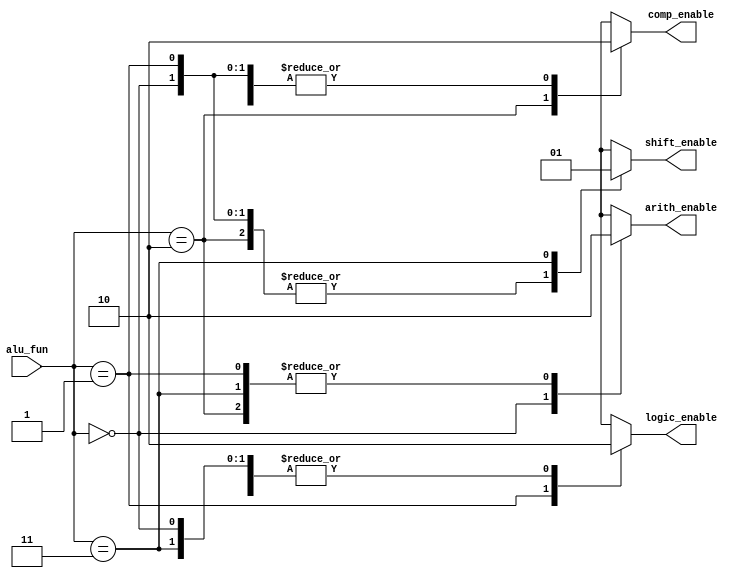
module DECODER_UNIT

(input wire [1:0]            alu_fun,
output reg arith_enable,logic_enable,comp_enable,shift_enable);

 
  
  always@(*)
  begin
    arith_enable = 1'b0;
    logic_enable = 1'b0;
    comp_enable = 1'b0;
    shift_enable = 1'b0;
    case(alu_fun)
      4'b00:arith_enable = 1'b1;
      4'b01:logic_enable = 1'b1;
      4'b10:comp_enable = 1'b1;
      4'b11:shift_enable = 1'b1;
      default: begin
            arith_enable = 1'b0;
            logic_enable = 1'b0;
            comp_enable =1'b 0;
            shift_enable = 1'b0;
        end
      endcase
  end
endmodule